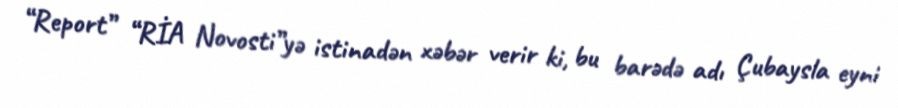
“Report” “RİA Novosti”yə istinadən xəbər verir ki, bu barədə adı Çubaysla eyni